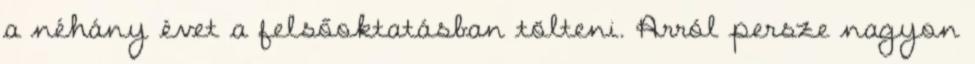
a néhány évet a felsőoktatásban tölteni. Arról persze nagyon